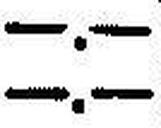
—.—